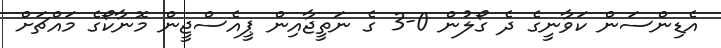
އެޑިންސަން ކަވާނީގެ ދެ ގޯލުން 0-3 ގެ ނަތީޖާއިން ޕީއެސްޖީން މޮނާކޯގެ މައްޗަށް